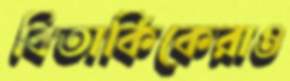
বিতার্কিকেরাও